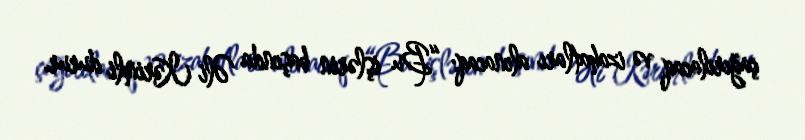
çağırılacaq və izahatları alınacaq: “Bu işlərin başında Əli Kərimli durur.